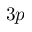
3 p